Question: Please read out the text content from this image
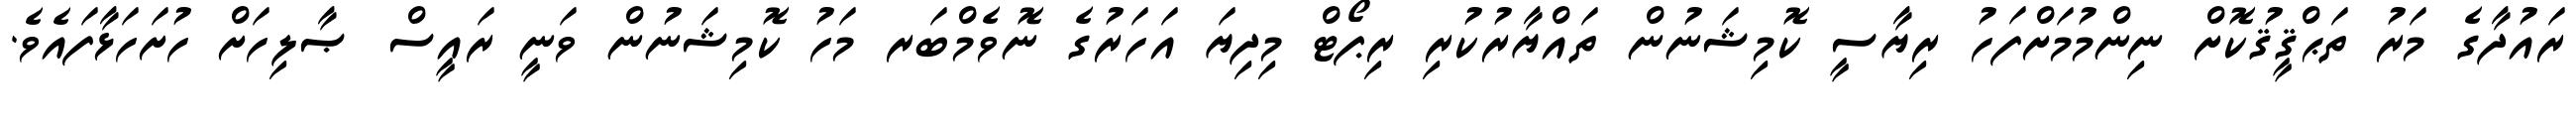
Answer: ރައުދާގެ މަރު ތަޙްޤީޤުކޮށް ނިންމުމަށްފަހު ރިޔާސީ ކޮމިޝަނުން ތައްޔާރުކުރި ރިޕޯޓް މިދިޔަ އަހަރުގެ ނޮވެމްބަރ މަހު ކޮމިޝަނުން ވަނީ ރައީސް ޞާލިހަށް ހުށަހަޅާފައެވެ.